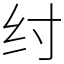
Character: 纣